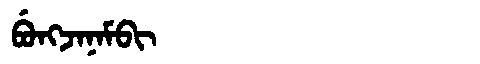
Manchu: ᠪᡠᠩᠵᠠᠨᠠᠮᠪᡳ
Romanization: BUNGJANAMBI